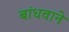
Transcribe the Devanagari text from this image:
बांधवाने